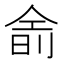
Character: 𬾮